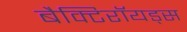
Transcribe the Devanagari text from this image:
बैक्टिरॉयड्स